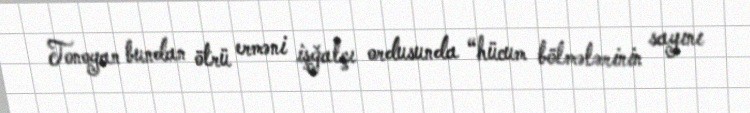
Tonoyan bundan ötrü erməni işğalçı ordusunda “hücum bölmələrinin sayını